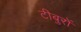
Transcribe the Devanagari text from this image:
टीबुरों